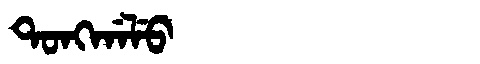
Manchu: ᡨᠣᠩᡤᠠᠯᡠ
Romanization: TONGGALU